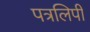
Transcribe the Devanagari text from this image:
पत्रलिपी